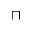
\sqcap